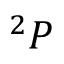
^ { 2 } P